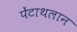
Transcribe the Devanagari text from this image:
पेंटाथलान